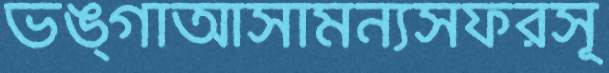
ভঙ্গাআসামন্যসফরসূ